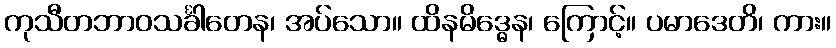
ကုသီတဘာဝသင်္ခါတေန၊ အပ်သော။ ထိနမိဒ္ဓေန၊ ကြောင့်။ ပမာဒေတိ၊ ကား။